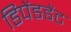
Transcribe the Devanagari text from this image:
डिपेंडडेंट